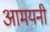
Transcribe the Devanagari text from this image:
आमयनी